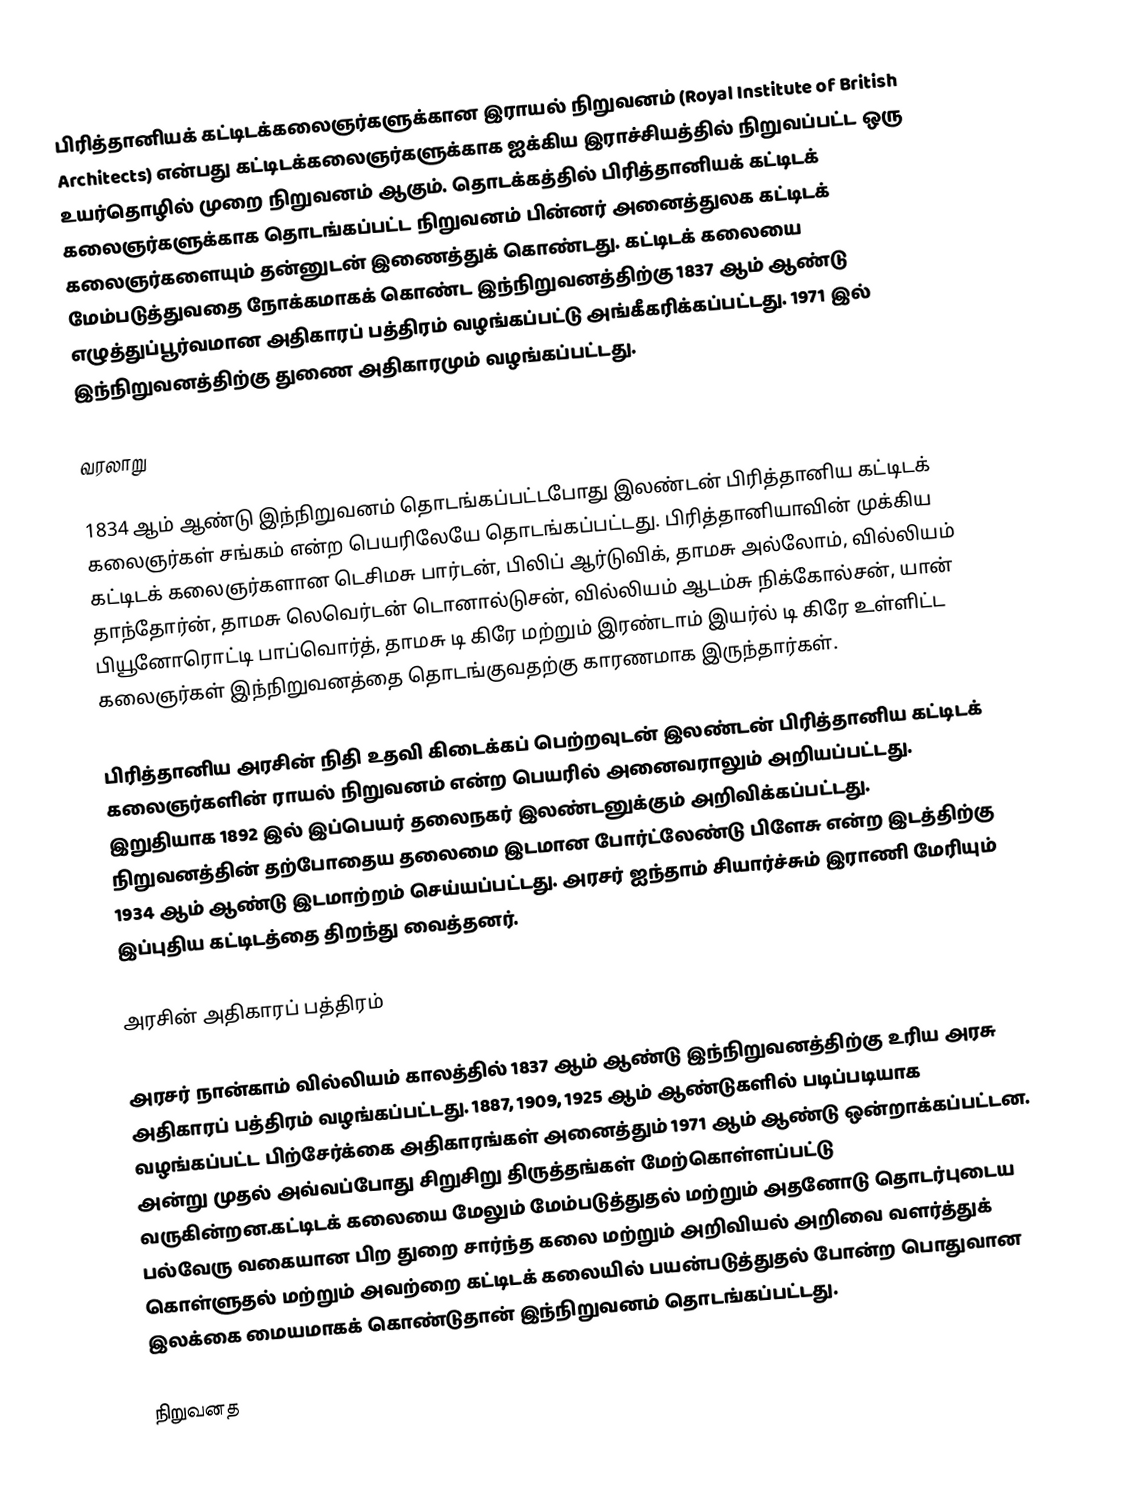
பிரித்தானியக் கட்டிடக்கலைஞர்களுக்கான இராயல் நிறுவனம் (Royal Institute of British Architects) என்பது  கட்டிடக்கலைஞர்களுக்காக ஐக்கிய இராச்சியத்தில் நிறுவப்பட்ட ஒரு  உயர்தொழில் முறை நிறுவனம் ஆகும். தொடக்கத்தில் பிரித்தானியக் கட்டிடக் கலைஞர்களுக்காக தொடங்கப்பட்ட நிறுவனம் பின்னர் அனைத்துலக கட்டிடக் கலைஞர்களையும் தன்னுடன் இணைத்துக் கொண்டது. கட்டிடக் கலையை மேம்படுத்துவதை நோக்கமாகக் கொண்ட இந்நிறுவனத்திற்கு 1837 ஆம் ஆண்டு எழுத்துப்பூர்வமான அதிகாரப் பத்திரம் வழங்கப்பட்டு அங்கீகரிக்கப்பட்டது. 1971 இல் இந்நிறுவனத்திற்கு துணை அதிகாரமும் வழங்கப்பட்டது.

வரலாறு

1834 ஆம் ஆண்டு இந்நிறுவனம் தொடங்கப்பட்டபோது இலண்டன் பிரித்தானிய கட்டிடக் கலைஞர்கள் சங்கம் என்ற பெயரிலேயே தொடங்கப்பட்டது. பிரித்தானியாவின் முக்கிய கட்டிடக் கலைஞர்களான டெசிமசு பார்டன், பிலிப் ஆர்டுவிக், தாமசு அல்லோம், வில்லியம் தாந்தோர்ன், தாமசு லெவெர்டன் டொனால்டுசன், வில்லியம் ஆடம்சு நிக்கோல்சன், யான் பியூனோரொட்டி பாப்வொர்த், தாமசு டி கிரே மற்றும் இரண்டாம் இயர்ல் டி கிரே உள்ளிட்ட கலைஞர்கள் இந்நிறுவனத்தை தொடங்குவதற்கு காரணமாக இருந்தார்கள்.

பிரித்தானிய அரசின் நிதி உதவி கிடைக்கப் பெற்றவுடன் இலண்டன் பிரித்தானிய கட்டிடக் கலைஞர்களின் ராயல் நிறுவனம் என்ற பெயரில் அனைவராலும் அறியப்பட்டது. இறுதியாக 1892 இல் இப்பெயர் தலைநகர் இலண்டனுக்கும் அறிவிக்கப்பட்டது. நிறுவனத்தின் தற்போதைய தலைமை இடமான போர்ட்லேண்டு பிளேசு என்ற இடத்திற்கு 1934 ஆம் ஆண்டு இடமாற்றம் செய்யப்பட்டது. அரசர் ஐந்தாம் சியார்ச்சும் இராணி மேரியும் இப்புதிய கட்டிடத்தை திறந்து வைத்தனர்.

அரசின் அதிகாரப் பத்திரம்

அரசர் நான்காம் வில்லியம் காலத்தில் 1837 ஆம் ஆண்டு இந்நிறுவனத்திற்கு உரிய அரசு அதிகாரப் பத்திரம் வழங்கப்பட்டது. 1887, 1909, 1925 ஆம் ஆண்டுகளில் படிப்படியாக வழங்கப்பட்ட பிற்சேர்க்கை அதிகாரங்கள் அனைத்தும் 1971 ஆம் ஆண்டு ஒன்றாக்கப்பட்டன. அன்று முதல் அவ்வப்போது சிறுசிறு திருத்தங்கள் மேற்கொள்ளப்பட்டு வருகின்றன.கட்டிடக் கலையை மேலும் மேம்படுத்துதல் மற்றும் அதனோடு தொடர்புடைய பல்வேரு வகையான பிற துறை சார்ந்த கலை மற்றும் அறிவியல் அறிவை வளர்த்துக் கொள்ளுதல் மற்றும் அவற்றை கட்டிடக் கலையில் பயன்படுத்துதல் போன்ற பொதுவான இலக்கை மையமாகக் கொண்டுதான் இந்நிறுவனம் தொடங்கப்பட்டது.

நிறுவனத